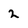
Character: 2